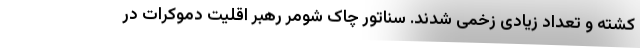
کشته و تعداد زیادی زخمی شدند. سناتور چاک شومر رهبر اقلیت دموکرات در